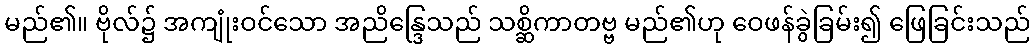
မည်၏။ ဗိုလ်၌ အကျုံးဝင်သော အညိန္ဒြေသည် သစ္ဆိကာတဗ္ဗ မည်၏ဟု ဝေဖန်ခွဲခြမ်း၍ ဖြေခြင်းသည်